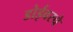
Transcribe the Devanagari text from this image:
डोईवरचे